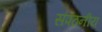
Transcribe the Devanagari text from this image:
संपठनीय